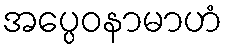
အပ္ပေဝနာမာဟံ